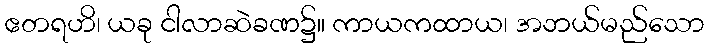
ဧတရဟိ၊ ယခု ငါလာဆဲခဏ၌။ ကာယကထာယ၊ အဘယ်မည်သော